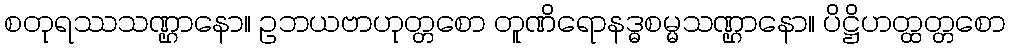
စတုရဿသဏ္ဌာနော။ ဥဘယဗာဟုတ္တစော တူဏိရောနဒ္ဓစမ္မသဏ္ဌာနော။ ပိဋ္ဌိဟတ္ထတ္တစော